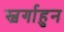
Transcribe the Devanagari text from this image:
स्वर्गाहुन